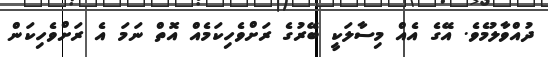
ދުއްވާލުމެވެ. އޭގެ އެއް މިސާލަކީ ބޭރުގެ ރަށްވެހިކަމެއް އޮތް ނަމަ އެ ރަށްވެހިކަން